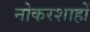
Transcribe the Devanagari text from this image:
नोकरशाहों